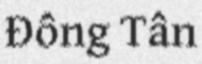
Đồng Tân